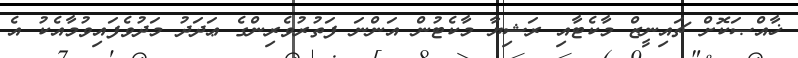
ޚާއްޞަކޮށް ޗައިނީޒް މާކެޓާއި ރަޝިޔާ މާކެޓުން އަންނަ ފަތުރުވެރިންގެ ޢަދަދު މަދުވެފައިވުމާއެކު އެ